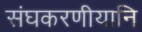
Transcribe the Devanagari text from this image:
संघकरणीयानि